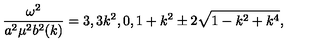
\frac { \omega ^ { 2 } } { a ^ { 2 } \mu ^ { 2 } b ^ { 2 } ( k ) } = 3 , 3 k ^ { 2 } , 0 , 1 + k ^ { 2 } \pm 2 \sqrt { 1 - k ^ { 2 } + k ^ { 4 } } ,